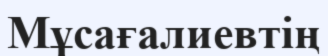
Мұсағалиевтің